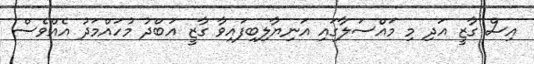
އިސް ގާޒީ އަދި މި މައްސަލާގައި އަނިޔާލިބިފައިވާ ގާޒީ އަބްދު މުހައްމަދު އެއްވެސް